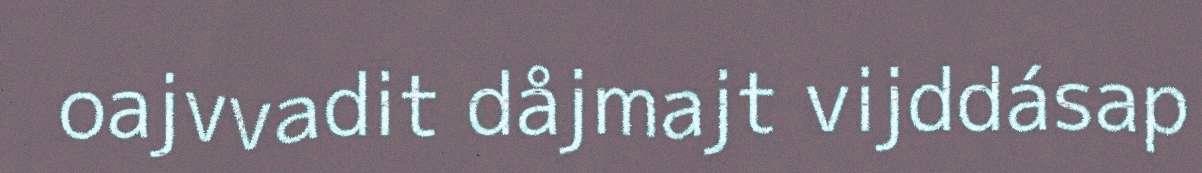
oajvvadit dåjmajt vijddásap